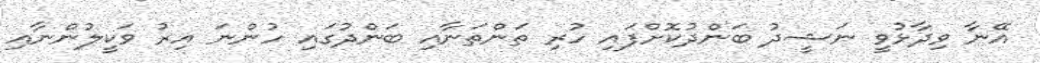
އޭނާ ވިދާޅުވީ ނަޝީދު ބަންދުކޮށްފައި ހުރި ތަންތަނާއި ބަންދުގައި ހުންނަ އިރު ވަކީލުންނާއި